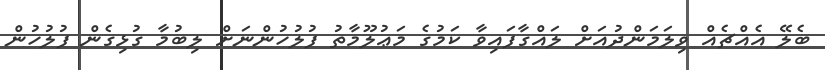
ބެލޭ އެއްޗެއް ވިލަމަންދުއަށް ލައްގާފައިވާ ކަމުގެ މަޢުލޫމާތު ފުލުހުންނަށް ލިބުމާ ގުޅިގެން ފުލުހުން